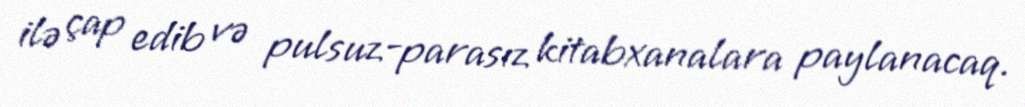
ilə çap edib və pulsuz-parasız kitabxanalara paylanacaq.